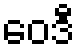
ဝေဒီ